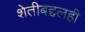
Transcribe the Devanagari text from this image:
शेतीबद्दलही